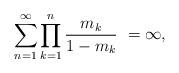
LaTeX: \begin{align*} \sum_{n=1}^{\infty} \prod_{k=1}^{n} \frac{m_k}{1-m_k} \ = \infty,\end{align*}